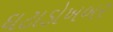
ઘટાડોખબર